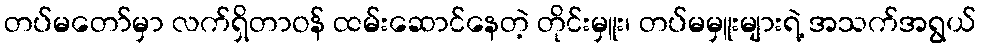
တပ်မတော်မှာ လက်ရှိတာဝန် ထမ်းဆောင်နေတဲ့ တိုင်းမှူး၊ တပ်မမှူးများရဲ့ အသက်အရွယ်